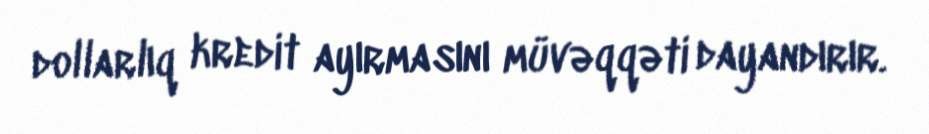
dollarlıq kredit ayırmasını müvəqqəti dayandırır.